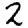
Digit: 2